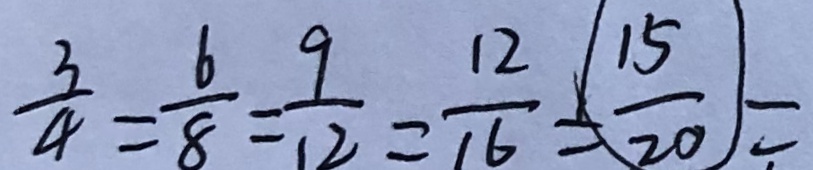
\frac { 3 } { 4 } = \frac { 6 } { 8 } = \frac { 9 } { 1 2 } = \frac { 1 2 } { 1 6 } = \frac { 1 5 } { 2 0 } =